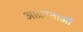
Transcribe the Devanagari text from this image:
आक्रांताओ